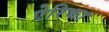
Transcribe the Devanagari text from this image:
ऐरिका